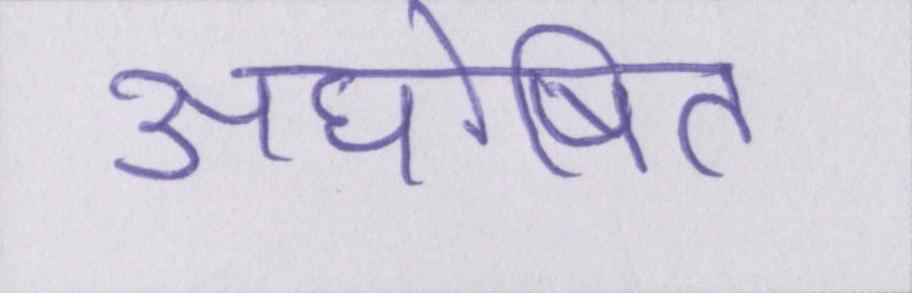
अघोषित